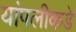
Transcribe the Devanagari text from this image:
यांपलीकडे